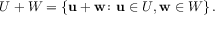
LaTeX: U + W = \left\{ \mathbf { u } + \mathbf { w } \colon \mathbf { u } \in U , \mathbf { w } \in W \right\} .